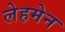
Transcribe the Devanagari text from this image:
लेहमेन